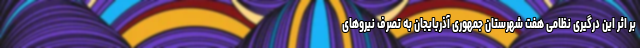
بر اثر این درگیری نظامی هفت شهرستان جمهوری آذربایجان به تصرف نیرو‌های